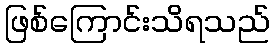
ဖြစ်ကြောင်းသိရသည်